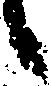
候